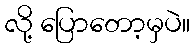
လို့ ပြောတော့မှပဲ။